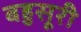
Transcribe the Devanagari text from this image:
बहुसूरी